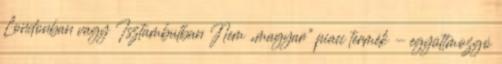
Londonban vagy Isztambulban Nem „magyar” piaci termék - együttmozgó